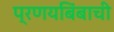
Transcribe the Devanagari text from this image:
प्रणयबिंबाची